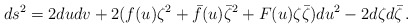
\begin{align*}ds^2=2dudv+2(f(u)\zeta^2+\bar{f}(u)\bar{\zeta}^2+F(u)\zeta\bar{\zeta})du^2-2d\zeta d\bar{\zeta}\,.\end{align*}